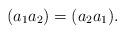
LaTeX: \begin{align*}(a_1a_2) = (a_2a_1).\end{align*}